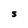
Character: S